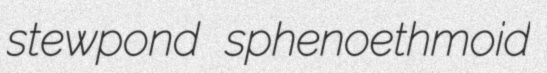
stewpond sphenoethmoid